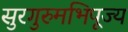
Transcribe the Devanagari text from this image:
सुरगुरुमभिपूज्य